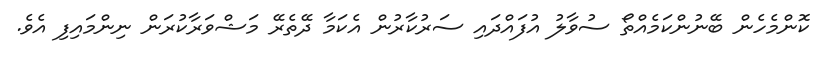
ކޮންމެހެން ބޭނުންކަމެއްތޯ ސުވާލު އުފައްދައި ސަރުކާރުން އެކަމާ ދޭތެރޭ މަޝްވަރާކުރަން ނިންމައިފި އެވެ.